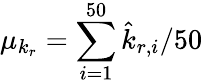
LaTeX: \mu_{k_{r}}=\sum_{i=1}^{50}\hat{k}_{r,i}/50